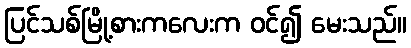
ပြင်သစ်မြို့စားကလေးက ဝင်၍ မေးသည်။